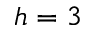
h = 3